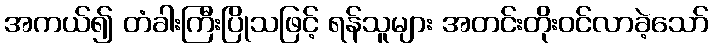
အကယ်၍ တံခါးကြီးပြိုသဖြင့် ရန်သူများ အတင်းတိုးဝင်လာခဲ့သော်